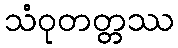
သံဝုတတ္တဿ